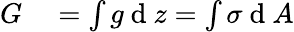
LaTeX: \begin{array}{rl}{G}&{{}=\int g\mathrm{~d~}z=\int\sigma\mathrm{~d~}A}\end{array}